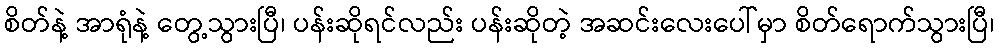
စိတ်နဲ့ အာရုံနဲ့ တွေ့သွားပြီ၊ ပန်းဆိုရင်လည်း ပန်းဆိုတဲ့ အဆင်းလေးပေါ်မှာ စိတ်ရောက်သွားပြီ၊